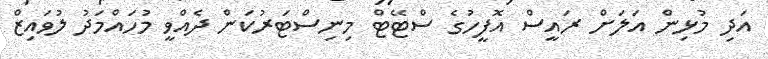
އަދި މުޅިން އަލަށް ރައީސް އޮފީހުގެ ސްޓޭޓް މިނިސްޓަރުކަން ދެއްވީ މުހައްމަދު ލުވައިޒް